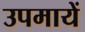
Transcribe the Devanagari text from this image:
उपमायें